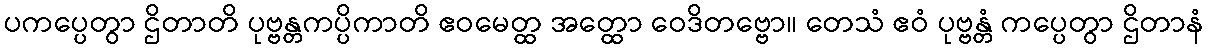
ပကပ္ပေတွာ ဌိတာတိ ပုဗ္ဗန္တကပ္ပိကာတိ ဧဝမေတ္ထ အတ္ထော ဝေဒိတဗ္ဗော။ တေသံ ဧဝံ ပုဗ္ဗန္တံ ကပ္ပေတွာ ဌိတာနံ